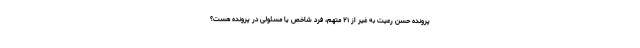
پرونده حسن رعیت به غیر از ۲۱ متهم، فرد شاخص یا مسئولی در پرونده هست؟